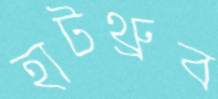
হাটথ্রুব